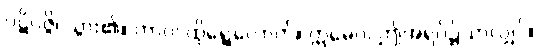
ပဋိပဇ္ဇိ၊ သွား၏။ တာဝ၊ ထိုရွေ့လောက်။ ဣဓေဝ၊ ဤအရပ်၌သာလျှင်။